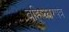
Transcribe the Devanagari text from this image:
बहिष्कारपत्र